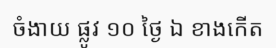
ចំងាយ ផ្លូវ ១០ ថ្ងៃ ឯ ខាងកើត